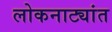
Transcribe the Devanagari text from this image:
लोकनाट्यांत